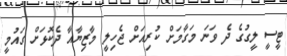
ޓީސީ ލީގުގެ ދެ ވަނަ މަގާމަށް ކުރިއަށް ޖެހިލީ މާޒިޔާއާ ދެކޮޅަށް ގައުމީ